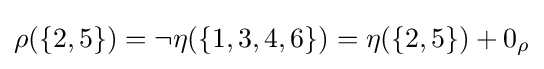
{\textstyle \rho (\{2,5\})=\neg \eta (\{1,3,4,6\})=\eta (\{2,5\})+0_{\rho }}